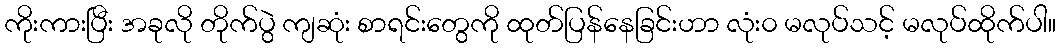
ကိုးကားပြီး အခုလို တိုက်ပွဲ ကျဆုံး စာရင်းတွေကို ထုတ်ပြန်နေခြင်းဟာ လုံး၀ မလုပ်သင့် မလုပ်ထိုက်ပါ။